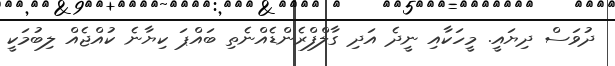
ދުވަސް ދިޔައީ. މީހަކާއި ނީދެ އަދި ގާލްފްރެންޑެއްނެތި ބައްޕަ ކިޔާނެ ކުއްޖެއް ލިބުމަކީ